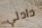
دادلي